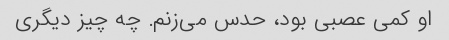
او کمی عصبی بود، حدس می‌زنم. چه چیز دیگری